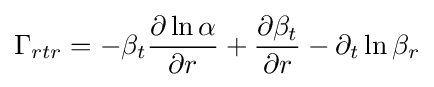
\Gamma _{rtr}=-\beta _{t}{\frac {\partial \ln \alpha }{\partial r}}+{\frac {\partial \beta _{t}}{\partial r}}-\partial _{t}\ln \beta _{r}